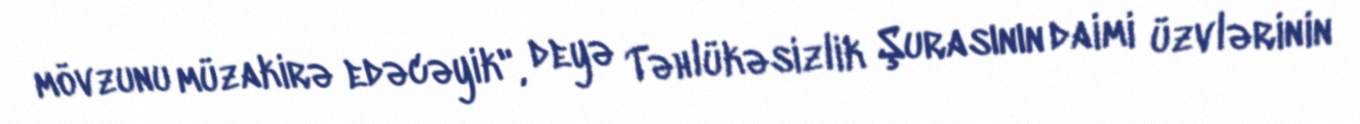
mövzunu müzakirə edəcəyik", deyə Təhlükəsizlik Şurasının daimi üzvlərinin